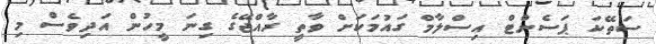
ސަތޭކަ ޕަސެންޓް އިސްލާމް ގައުމަކަށް ވާތީ ރާއްޖޭގެ ގިނަ މީހުން އަދިވެސް މި